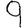
Digit: 9